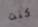
كنت